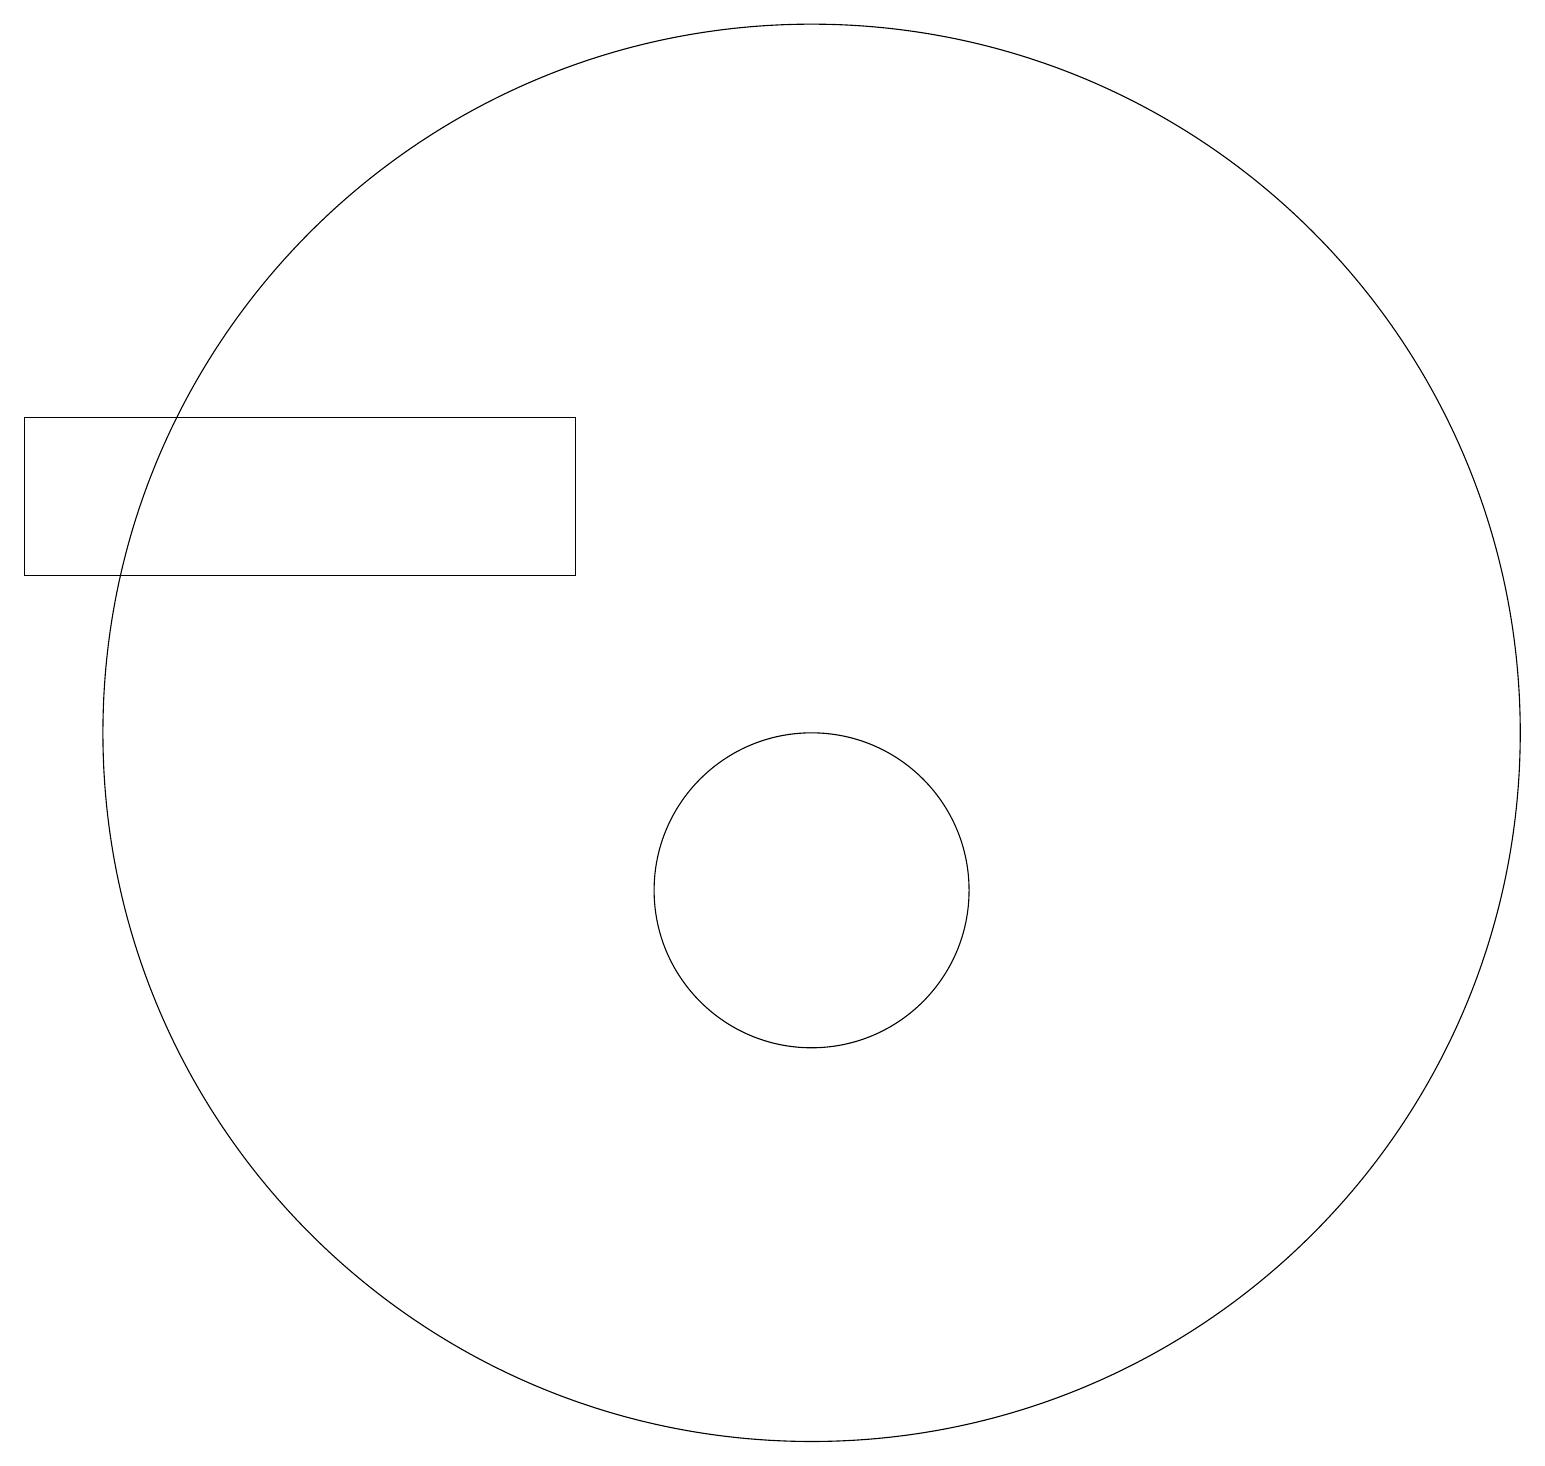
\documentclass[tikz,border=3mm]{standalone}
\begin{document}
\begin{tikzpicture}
\draw (2,14) rectangle (9,16);
\draw (12,10) circle (2);
\draw (12,12) circle (9);
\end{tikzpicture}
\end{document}